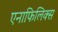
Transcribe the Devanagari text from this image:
एनाफिलिक्स